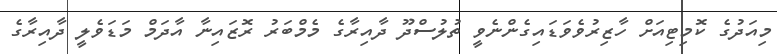
މިއަދުގެ ކޮމިޓިއަށް ހާޒިރުވެވަޑައިގެންނެވީ ތުލުސްދޫ ދާއިރާގެ މެމްބަރު ރޮޒައިނާ އާދަމް މަޑަވެލީ ދާއިރާގެ